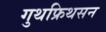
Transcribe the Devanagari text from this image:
गुथफ्रिथसन